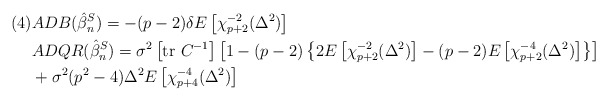
\begin{align*} (4)& ADB(\hat{\beta}_n^{S}) = -(p-2) \delta E\left[\chi^{-2}_{p+2}(\Delta^2)\right] \\& ADQR(\hat{\beta}_n^{S}) = \sigma^2\left[\mbox{tr }C^{-1}\right]\left[1-(p-2)\left\{2E\left[\chi^{-2}_{p+2}(\Delta^2)\right]-(p-2)E\left[\chi^{-4}_{p+2}(\Delta^2)\right]\right\}\right]\\& + \sigma^2(p^2-4) \Delta^2 E\left[\chi^{-4}_{p+4}(\Delta^2)\right]\end{align*}